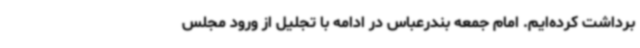
برداشت کرده‌ایم. امام جمعه بندرعباس در ادامه با تجلیل از ورود مجلس